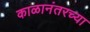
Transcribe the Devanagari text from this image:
काळानंतरच्या